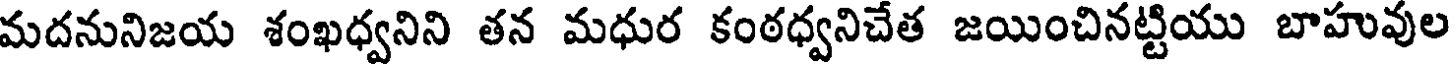
మదనునిజయ శంఖధ్వనిని తన మధుర కంఠధ్వనిచేత జయించినట్టియు బాహువుల